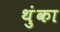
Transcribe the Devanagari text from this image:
थुंका